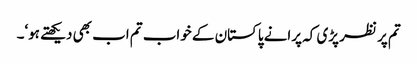
تم پر نظر پڑی کہ پرانے پاکستان کے خواب تم اب بھی دیکھتے ہو‘۔